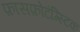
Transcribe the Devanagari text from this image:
फ़ासफ़ोटंग्स्टिक